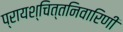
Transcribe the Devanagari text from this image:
प्रायश्चित्तनिवारिणी